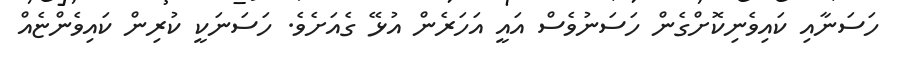
ހަސަނާއި ކައިވެނިކޮށްގެން ހަސަނުވެސް އައީ އަހަރެން އުޅޭ ގެއަށެވެ. ހަސަނަކީ ކުރިން ކައިވެންޏެއް